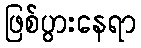
ဖြစ်ပွားနေရာ